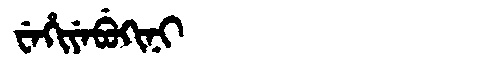
Manchu: ᠸᡝᡥᡳᠶᡝᠪᡠᡴᡳᠨᡳ
Romanization: WEHIYEBUKINI